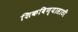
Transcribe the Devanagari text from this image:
शिकविण्‍यासाठी